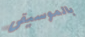
بالموسيقى